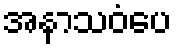
အနာသဝံပေ